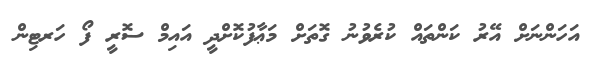
އަހަންނަށް އޭރު ކަންތައް ކުރެވުނު ގޮތަށް މަޢާފުކޮށްދީ އައިމް ސޮރީ ފޯ ހަރޓިން